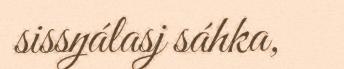
sissŋálasj sáhka,